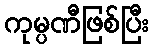
ကုမ္ပဏီဖြစ်ပြီး